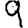
Digit: 9